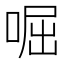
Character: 啒